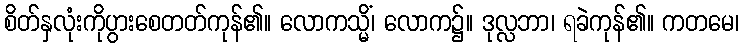
စိတ်နှလုံးကိုပွားစေတတ်ကုန်၏။ လောကသ္မိံ၊ လောက၌။ ဒုလ္လဘာ၊ ရခဲကုန်၏။ ကတမေ၊